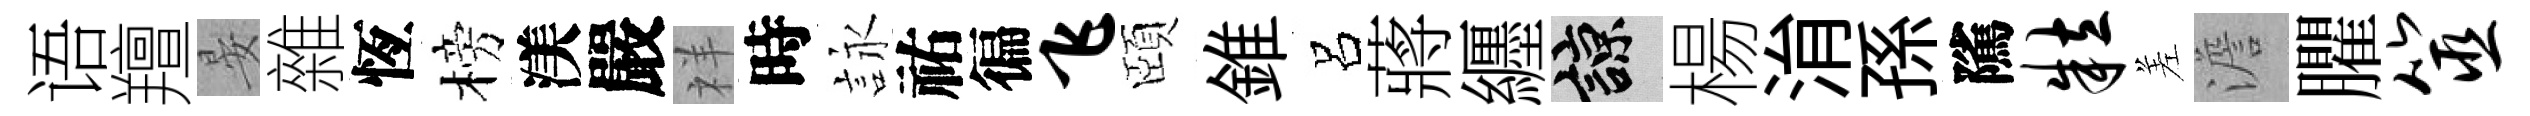
语羶晏雜恆榜渼嚴祥時詠祐徧飞頤錐呂蔣纒諒楊㳙孫隲粒差澹臞筮